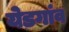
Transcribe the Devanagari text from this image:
येडगांव